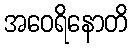
အဝေရိနောတိ